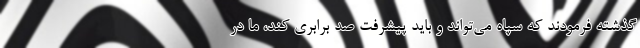
گذشته فرمودند که سپاه می‌تواند و باید پیشرفت صد برابری کند، ما در